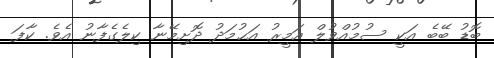
ބޮޑު ބޭބެ އަކީ ސުމުއްވުލް އަމީރު އަޙުމަދު ދޮށިމޭނާ ކިލެގެފާނު އެވެ. ކާފަ